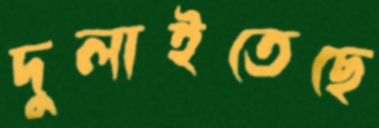
দুলাইতেছে